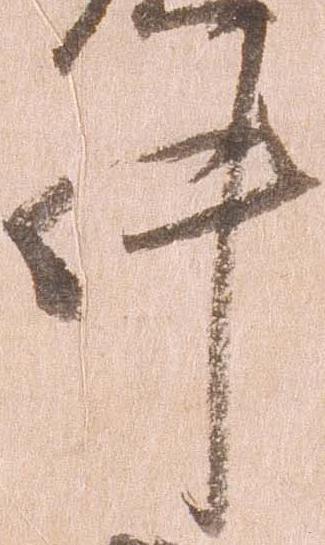
件